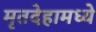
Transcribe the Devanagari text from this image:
मृतदेहामध्ये